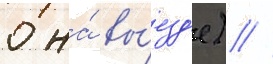
0 на́ вы́езд'е) //